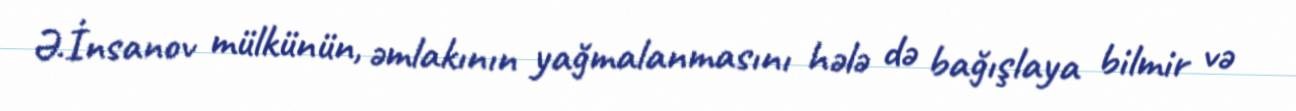
Ə.İnsanov mülkünün, əmlakının yağmalanmasını hələ də bağışlaya bilmir və